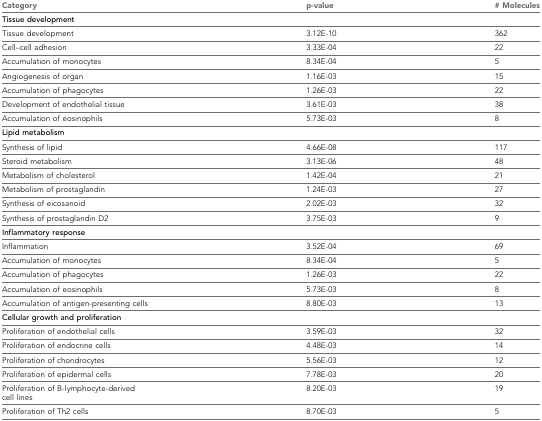
<table><thead><tr><td><b>Category</b></td><td><b>p-value</b></td><td><b># Molecules</b></td></tr></thead><tbody><tr><td><b>Tissue development</b></td><td></td><td></td></tr><tr><td>Tissue development</td><td>3.12E-10</td><td>362</td></tr><tr><td>Cell–cell adhesion</td><td>3.33E-04</td><td>22</td></tr><tr><td>Accumulation of monocytes</td><td>8.34E-04</td><td>5</td></tr><tr><td>Angiogenesis of organ</td><td>1.16E-03</td><td>15</td></tr><tr><td>Accumulation of phagocytes</td><td>1.26E-03</td><td>22</td></tr><tr><td>Development of endothelial tissue</td><td>3.61E-03</td><td>38</td></tr><tr><td>Accumulation of eosinophils</td><td>5.73E-03</td><td>8</td></tr><tr><td><b>Lipid metabolism</b></td><td></td><td></td></tr><tr><td>Synthesis of lipid</td><td>4.66E-08</td><td>117</td></tr><tr><td>Steroid metabolism</td><td>3.13E-06</td><td>48</td></tr><tr><td>Metabolism of cholesterol</td><td>1.42E-04</td><td>21</td></tr><tr><td>Metabolism of prostaglandin</td><td>1.24E-03</td><td>27</td></tr><tr><td>Synthesis of eicosanoid</td><td>2.02E-03</td><td>32</td></tr><tr><td>Synthesis of prostaglandin D2</td><td>3.75E-03</td><td>9</td></tr><tr><td><b>Inflammatory response</b></td><td></td><td></td></tr><tr><td>Inflammation</td><td>3.52E-04</td><td>69</td></tr><tr><td>Accumulation of monocytes</td><td>8.34E-04</td><td>5</td></tr><tr><td>Accumulation of phagocytes</td><td>1.26E-03</td><td>22</td></tr><tr><td>Accumulation of eosinophils</td><td>5.73E-03</td><td>8</td></tr><tr><td>Accumulation of antigen-presenting cells</td><td>8.80E-03</td><td>13</td></tr><tr><td><b>Cellular growth and proliferation</b></td><td></td><td></td></tr><tr><td>Proliferation of endothelial cells</td><td>3.59E-03</td><td>32</td></tr><tr><td>Proliferation of endocrine cells</td><td>4.48E-03</td><td>14</td></tr><tr><td>Proliferation of chondrocytes</td><td>5.56E-03</td><td>12</td></tr><tr><td>Proliferation of epidermal cells</td><td>7.78E-03</td><td>20</td></tr><tr><td>Proliferation of B-lymphocyte-derivedcell lines</td><td>8.20E-03</td><td>19</td></tr><tr><td>Proliferation of Th2 cells</td><td>8.70E-03</td><td>5</td></tr></tbody></table>